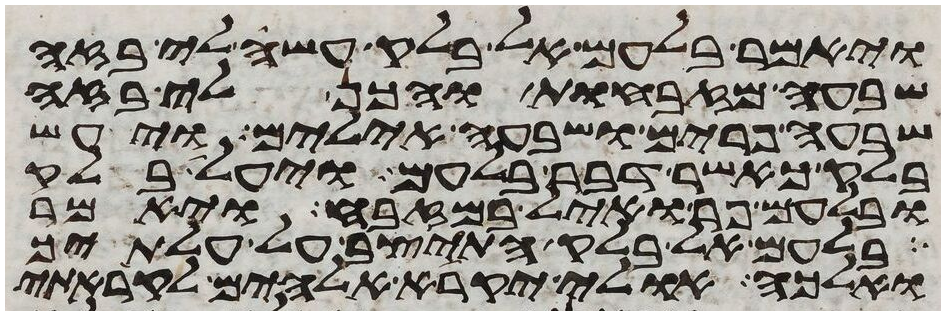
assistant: ויאמר בלעם אל בלק עשה לי בזה
שבעה מזבחות והכן לי בזה
שבעה פרים ושבעה אילים ויעש
בלק כאשר דבר בלעם ויעל בלק
ובלעם פר ואיל במזבח ויאמר
בלעם אל בלק התיצב על עלתיך
ואלכה אולי יקרא אלהים לקראתי